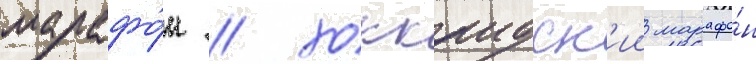
марафо́н / хоккаидск'ии марафо́н